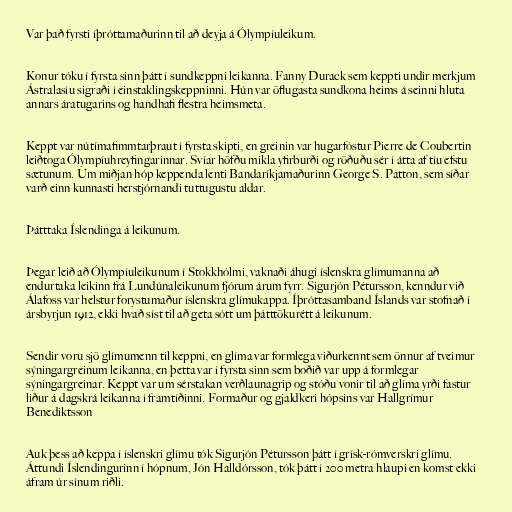
Var það fyrsti íþróttamaðurinn til að deyja á Ólympíuleikum.

Konur tóku í fyrsta sinn þátt í sundkeppni leikanna. Fanny Durack sem keppti undir merkjum
Ástralasíu sigraði í einstaklingskeppninni. Hún var öflugasta sundkona heims á seinni hluta
annars áratugarins og handhafi flestra heimsmeta.

Keppt var nútímafimmtarþraut í fyrsta skipti, en greinin var hugarfóstur Pierre de Coubertin
leiðtoga Ólympíuhreyfingarinnar. Svíar höfðu mikla yfirburði og röðuðu sér í átta af tíu efstu
sætunum. Um miðjan hóp keppenda lenti Bandaríkjamaðurinn George S. Patton, sem síðar
varð einn kunnasti herstjórnandi tuttugustu aldar.

Þátttaka Íslendinga á leikunum.

Þegar leið að Ólympíuleikunum í Stokkhólmi, vaknaði áhugi íslenskra glímumanna að
endurtaka leikinn frá Lundúnaleikunum fjórum árum fyrr. Sigurjón Pétursson, kenndur við
Álafoss var helstur forystumaður íslenskra glímukappa. Íþróttasamband Íslands var stofnað í
ársbyrjun 1912, ekki hvað síst til að geta sótt um þátttökurétt á leikunum.

Sendir voru sjö glímumenn til keppni, en glíma var formlega viðurkennt sem önnur af tveimur
sýningargreinum leikanna, en þetta var í fyrsta sinn sem boðið var upp á formlegar
sýningargreinar. Keppt var um sérstakan verðlaunagrip og stóðu vonir til að glíma yrði fastur
liður á dagskrá leikanna í framtíðinni. Formaður og gjaldkeri hópsins var Hallgrímur
Benediktsson

Auk þess að keppa í íslenskri glímu tók Sigurjón Pétursson þátt í grísk-rómverskri glímu.
Áttundi Íslendingurinn í hópnum, Jón Halldórsson, tók þátt í 200 metra hlaupi en komst ekki
áfram úr sínum riðli.